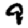
Digit: 9